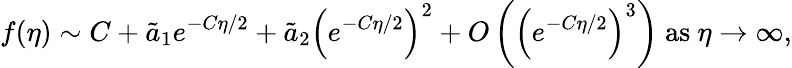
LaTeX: f(\eta)\sim C+\tilde{a}_{1}e^{-C\eta/2}+\tilde{a}_{2}\left(e^{-C\eta/2}\right)^{2}+O\left(\left(e^{-C\eta/2}\right)^{3}\right)~\textrm{as}\ \eta\to\infty,